Indian journal of veterinary science and animal husbandry - Volume 7,
Year: 1937
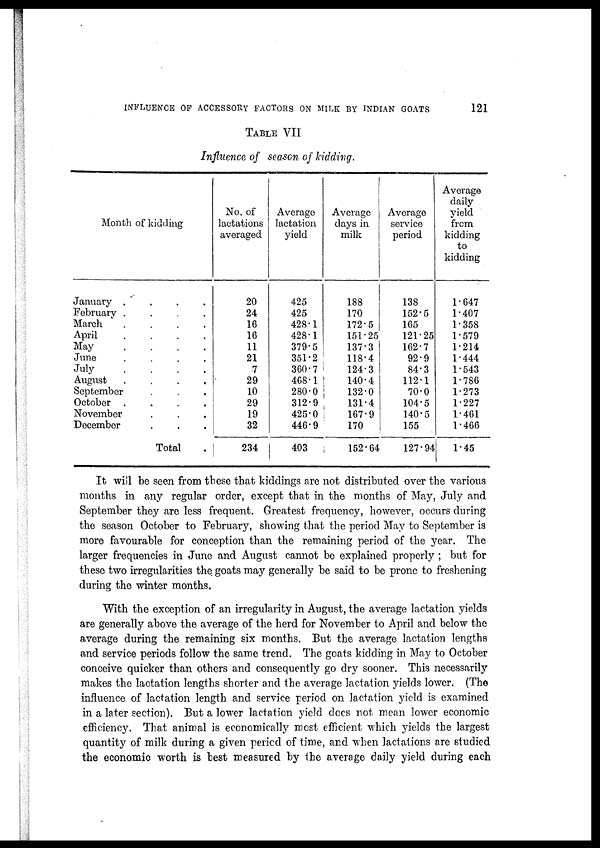
INFLUENCE OF ACCESSORY FACTORS ON MILK BY INDIAN GOATS
121
TABLE VII
Influence of season of kidding.
Month of kidding
January . . . .
February . . . .
March . . . .
April . . . .
May . . . .
June . . . .
July . . . .
August . . . .
September . . . .
October . . . .
November . . . .
December . . . .
Total .
No. of
lactations
averaged
20
24
16
16
11
21
7
29
10
29
19
32
234
Average
lactation
yield
425
425
428.1
428.1
379.5
351.2
360.7
468.1
280.0
312.9
425.0
446.9
403
Average
days in
milk
188
170
172.5
151.25
137.3
118.4
124.3
140.4
132.0
131.4
167.9
170
152.64
Average
service
period
138
152.5
165
121.25
162.7
92.9
84.3
112.1
70.0
104.5
140.5
155
127.94
Average
daily
yield
from
kidding
to
kidding
1.647
1.407
1.358
1.579
1.214
1.444
1.543
1.786
1.273
1.227
1.461
1.466
1.45
It will be seen from these that kiddings are not distributed over the various
months in any regular order, except that in the months of May, July and
September they are less frequent. Greatest frequency, however, occurs during
the season October to February, showing that the period May to September is
more favourable for conception than the remaining period of the year. The
larger frequencies in June and August cannot be explained properly ; but for
these two irregularities the goats may generally be said to be prone to freshening
during the winter months.
With the exception of an irregularity in August, the average lactation yields
are generally above the average of the herd for November to April and below the
average during the remaining six months. But the average lactation lengths
and service periods follow the same trend. The goats kidding in May to October
conceive quicker than others and consequently go dry sooner. This necessarily
makes the lactation lengths shorter and the average lactation yields lower. (The
influence of lactation length and service period on lactation yield is examined
in a later section). But a lower lactation yield does not mean lower economic
efficiency. That animal is economically most efficient which yields the largest
quantity of milk during a given period of time, and when lactations are studied
the economic worth is best measured by the average daily yield during each